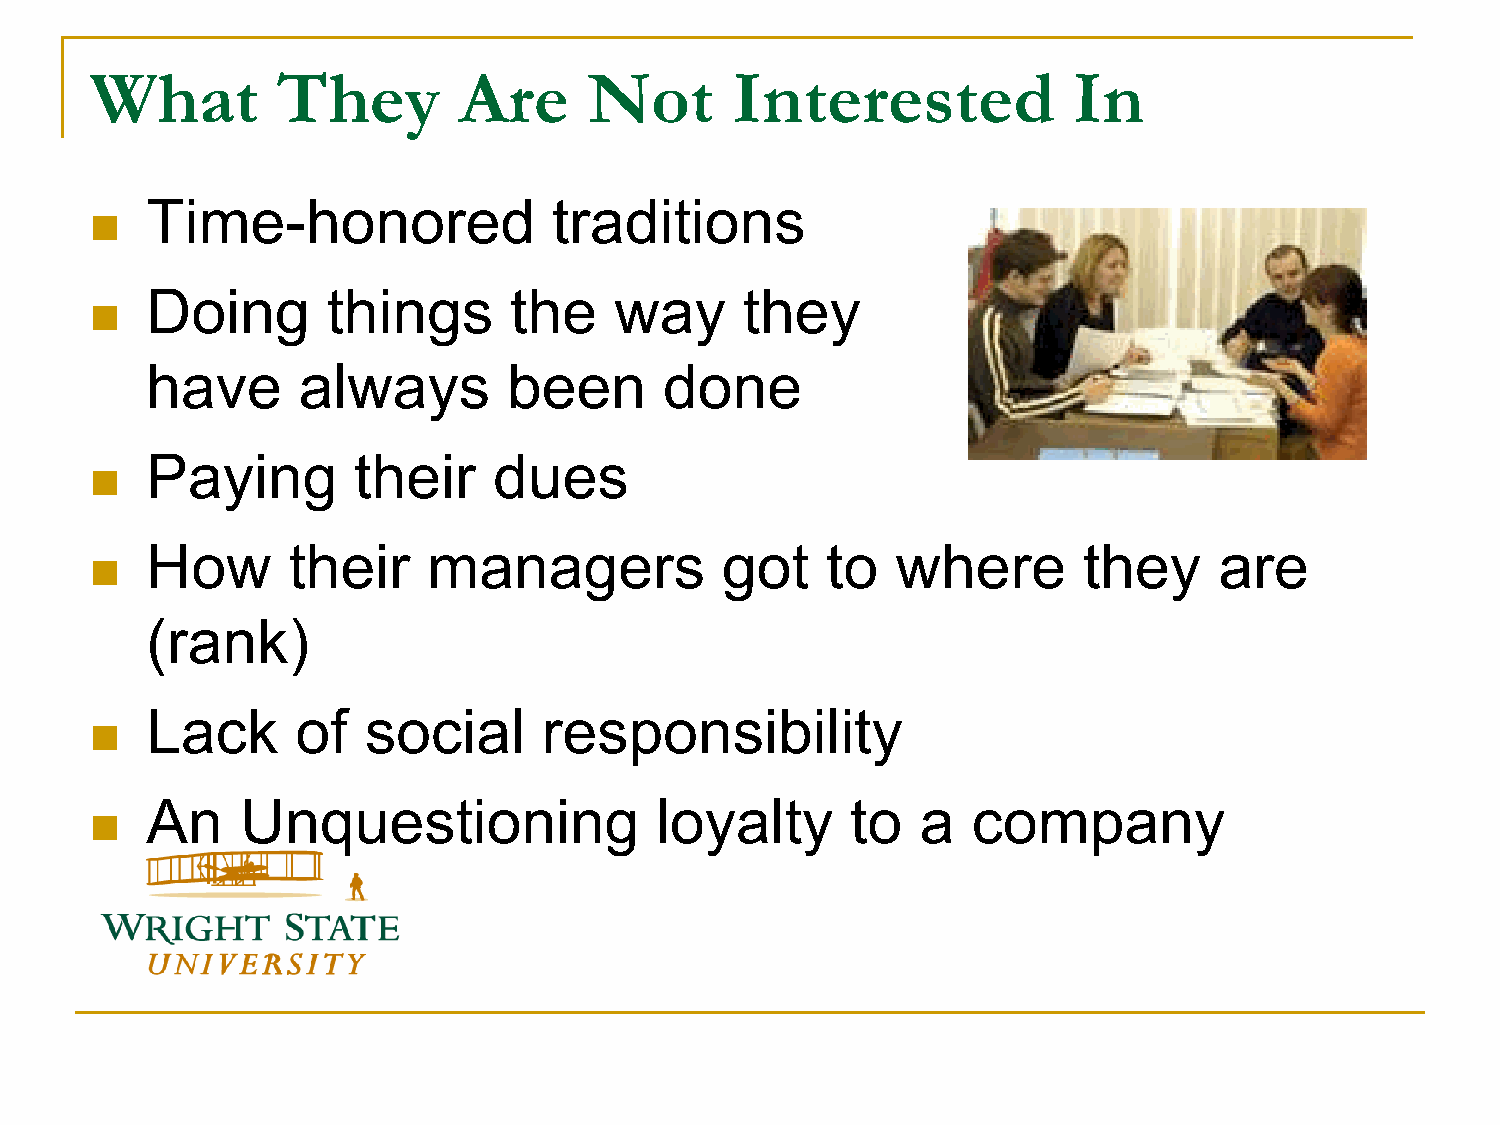
What        They        Are      Not      Interested             In
 Time-honored               traditions
 
 Doing       things      the    way     they
 
 have      always        been      done
 Paying       their     dues
 
 How      their    managers            got    to  where        they     are
 
 (rank)
 Lack      of  social      responsibility
 
 An    Unquestioning              loyalty      to   a  company
 